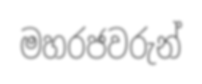
මහරජවරුන්